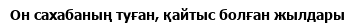
Он сахабаның туған, қайтыс болған жылдары